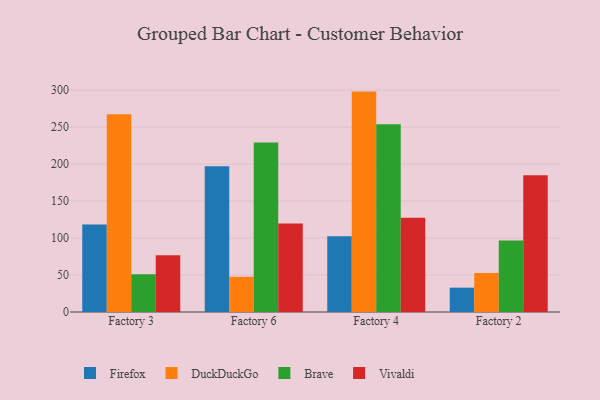
{"axis": {"x": "Factory", "y": "Active Users"}, "legend": ["Brave", "DuckDuckGo", "Firefox", "Vivaldi"], "data": [{"x": "Factory 3", "y": 118.4, "type": "Firefox"}, {"x": "Factory 3", "y": 267.5, "type": "DuckDuckGo"}, {"x": "Factory 3", "y": 51.2, "type": "Brave"}, {"x": "Factory 3", "y": 76.6, "type": "Vivaldi"}, {"x": "Factory 6", "y": 197.1, "type": "Firefox"}, {"x": "Factory 6", "y": 47.6, "type": "DuckDuckGo"}, {"x": "Factory 6", "y": 229.1, "type": "Brave"}, {"x": "Factory 6", "y": 119.8, "type": "Vivaldi"}, {"x": "Factory 4", "y": 102.4, "type": "Firefox"}, {"x": "Factory 4", "y": 298.0, "type": "DuckDuckGo"}, {"x": "Factory 4", "y": 253.7, "type": "Brave"}, {"x": "Factory 4", "y": 127.4, "type": "Vivaldi"}, {"x": "Factory 2", "y": 32.9, "type": "Firefox"}, {"x": "Factory 2", "y": 52.8, "type": "DuckDuckGo"}, {"x": "Factory 2", "y": 96.8, "type": "Brave"}, {"x": "Factory 2", "y": 185.0, "type": "Vivaldi"}]}